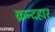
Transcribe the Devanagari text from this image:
क़न्दहार